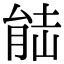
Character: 𮌛